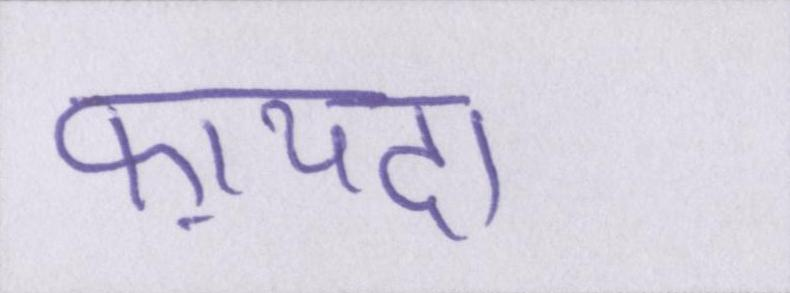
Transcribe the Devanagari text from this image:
फ़ायदा